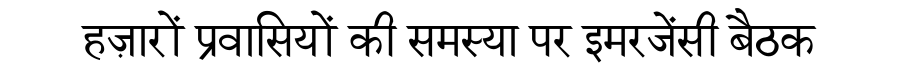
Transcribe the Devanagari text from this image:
हज़ारों प्रवासियों की समस्या पर इमरजेंसी बैठक